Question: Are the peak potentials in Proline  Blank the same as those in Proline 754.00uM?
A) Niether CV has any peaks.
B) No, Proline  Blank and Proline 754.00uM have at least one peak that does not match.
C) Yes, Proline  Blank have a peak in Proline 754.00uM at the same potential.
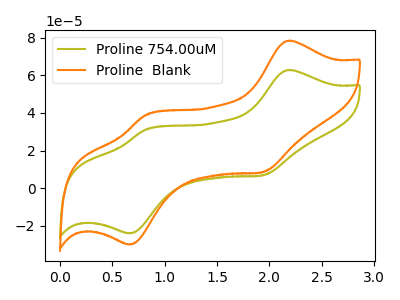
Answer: <think>The olive curve "Proline 754.00uM" has anodic peaks at (2.20V, 62.85uA) (0.80V, 31.15uA) and cathodic peaks at (1.95V, 6.95uA) (0.65V, -23.95uA). The orange curve "Proline  Blank" has anodic peaks at (2.20V, 78.40uA) (0.80V, 38.90uA) and cathodic peaks at (1.95V, 8.65uA) (0.65V, -29.90uA).</think>
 <answer>C) Yes, "Proline  Blank" have a peak in "Proline 754.00uM" at the same potential.</answer>
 <eval>C</eval>